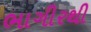
ભાગીરથી